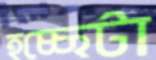
হচ্ছেটা